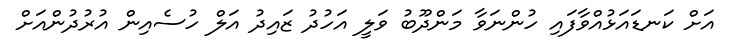
އަށް ކަނޑައަޅުއްވާފައި ހުންނަވާ މަންދޫބު ވަލީ އަހުދު ޒައިދު އަލް ހުސެއިން އުރުދުންއަށް